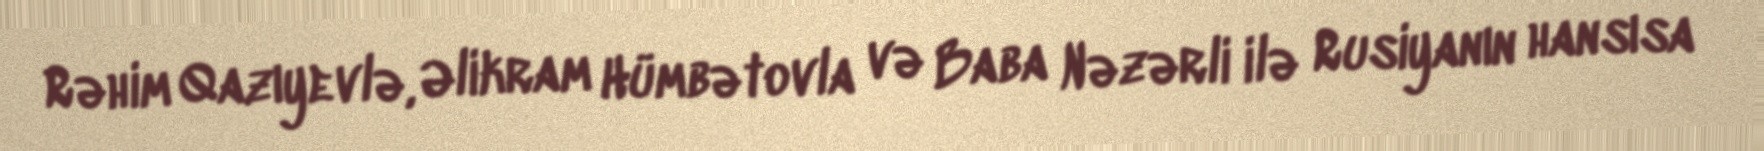
Rəhim Qazıyevlə, Əlikram Hümbətovla və Baba Nəzərli ilə Rusiyanın hansısa